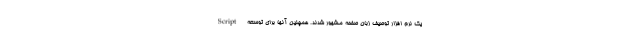
Script یک نرم افزار توصیف زبان صفحه مشهور شدند. همچنین آنها برای توسعه